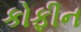
કોફીન